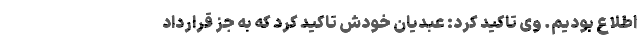
اطلاع بودیم. وی تاکید کرد: عبدیان خودش تاکید کرد که به جز قرارداد